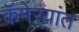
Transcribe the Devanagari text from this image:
कॅमेर्‍यांत